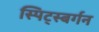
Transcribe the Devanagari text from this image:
स्पिट्स्बर्गन